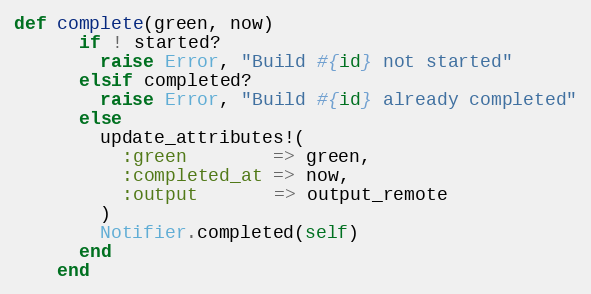
Language: Ruby
def complete(green, now)
      if ! started?
        raise Error, "Build #{id} not started"
      elsif completed?
        raise Error, "Build #{id} already completed"
      else
        update_attributes!(
          :green        => green,
          :completed_at => now,
          :output       => output_remote
        )
        Notifier.completed(self)
      end
    end